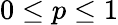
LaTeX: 0\le p\le 1